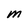
Character: M